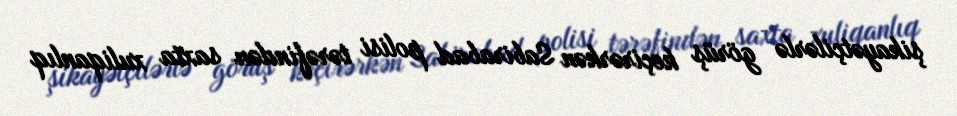
şikayətçilərlə görüş keçirərkən Sabirabad polisi tərəfindən saxta xuliqanlıq